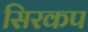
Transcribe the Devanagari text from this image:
सिरकप